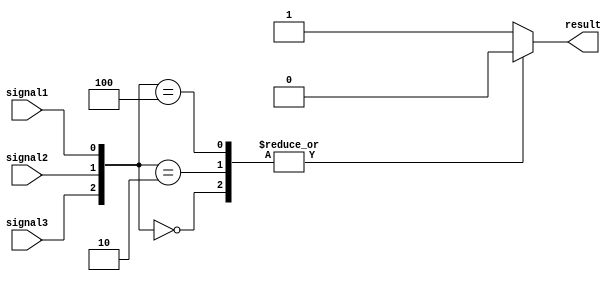
module priority_case_statement (
    input wire signal1,
    input wire signal2,
    input wire signal3,
    output reg result
);

always @*
begin
    case({signal3, signal2, signal1})
        3'b000: result = 0; // Default behavior
        3'b001: result = 1;
        3'b010: result = 2;
        3'b011: result = 3; 
        3'b100: result = 4;
        default: result = 5;
    endcase
end

endmodule